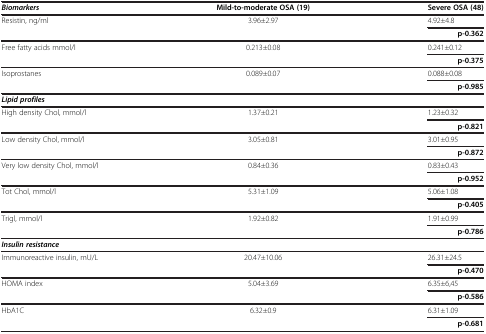
<table><thead><tr><td><b><i>Biomarkers</i></b></td><td><b>Mild-to-moderate OSA (19)</b></td><td><b>Severe OSA (48)</b></td></tr></thead><tbody><tr><td rowspan="2">Resistin, ng/ml</td><td rowspan="2">3.96±2.97</td><td>4.92±4.8</td></tr><tr><td><b>p-0.362</b></td></tr><tr><td rowspan="2">Free fatty acids mmol/l</td><td rowspan="2">0.213±0.08</td><td>0.241±0.12</td></tr><tr><td><b>p-0.375</b></td></tr><tr><td rowspan="2">Isoprostanes</td><td rowspan="2">0.089±0.07</td><td>0.088±0.08</td></tr><tr><td><b>p-0.985</b></td></tr><tr><td colspan="3"><b><i>Lipid profiles</i></b></td></tr><tr><td rowspan="2">High density Chol, mmol/l</td><td rowspan="2">1.37±0.21</td><td>1.23±0.32</td></tr><tr><td><b>p-0.821</b></td></tr><tr><td rowspan="2">Low density Chol, mmol/l</td><td rowspan="2">3.05±0.81</td><td>3.01±0.95</td></tr><tr><td><b>p-0.872</b></td></tr><tr><td rowspan="2">Very low density Chol, mmol/l</td><td rowspan="2">0.84±0.36</td><td>0.83±0.43</td></tr><tr><td><b>p-0.952</b></td></tr><tr><td rowspan="2">Tot Chol, mmol/l</td><td rowspan="2">5.31±1.09</td><td>5.06±1.08</td></tr><tr><td><b>p-0.405</b></td></tr><tr><td rowspan="2">Trigl, mmol/l</td><td rowspan="2">1.92±0.82</td><td>1.91±0.99</td></tr><tr><td><b>p-0.786</b></td></tr><tr><td colspan="3"><b><i>Insulin resistance</i></b></td></tr><tr><td rowspan="2">Immunoreactive insulin, mU/L</td><td rowspan="2">20.47±10.06</td><td>26.31±24.5</td></tr><tr><td><b>p-0.470</b></td></tr><tr><td rowspan="2">HOMA index</td><td rowspan="2">5.04±3.69</td><td>6.35±6,45</td></tr><tr><td><b>p-0.586</b></td></tr><tr><td rowspan="2">HbA1C</td><td rowspan="2">6.32±0.9</td><td>6.31±1.09</td></tr><tr><td><b>p-0.681</b></td></tr></tbody></table>